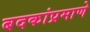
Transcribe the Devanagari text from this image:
बदकांप्रमाणे